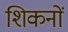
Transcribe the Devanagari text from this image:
शिकनों